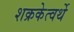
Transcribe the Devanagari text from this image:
शक्रकेत्वर्थे